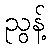
ညွန့်